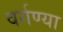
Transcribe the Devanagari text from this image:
वर्गण्या